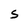
Character: S